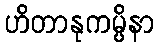
ဟိတာနုကမ္ပိနာ